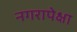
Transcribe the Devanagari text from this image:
नगरापेक्षा